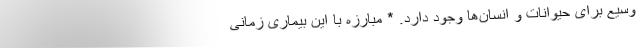
وسیع برای حیوانات و انسان‌ها وجود دارد. * مبارزه با این بیماری زمانی